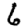
Digit: 6